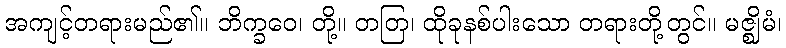
အကျင့်တရားမည်၏။ ဘိက္ခဝေ၊ တို့။ တတြ၊ ထိုခုနစ်ပါးသော တရားတို့တွင်။ မဇ္ဈိမံ၊